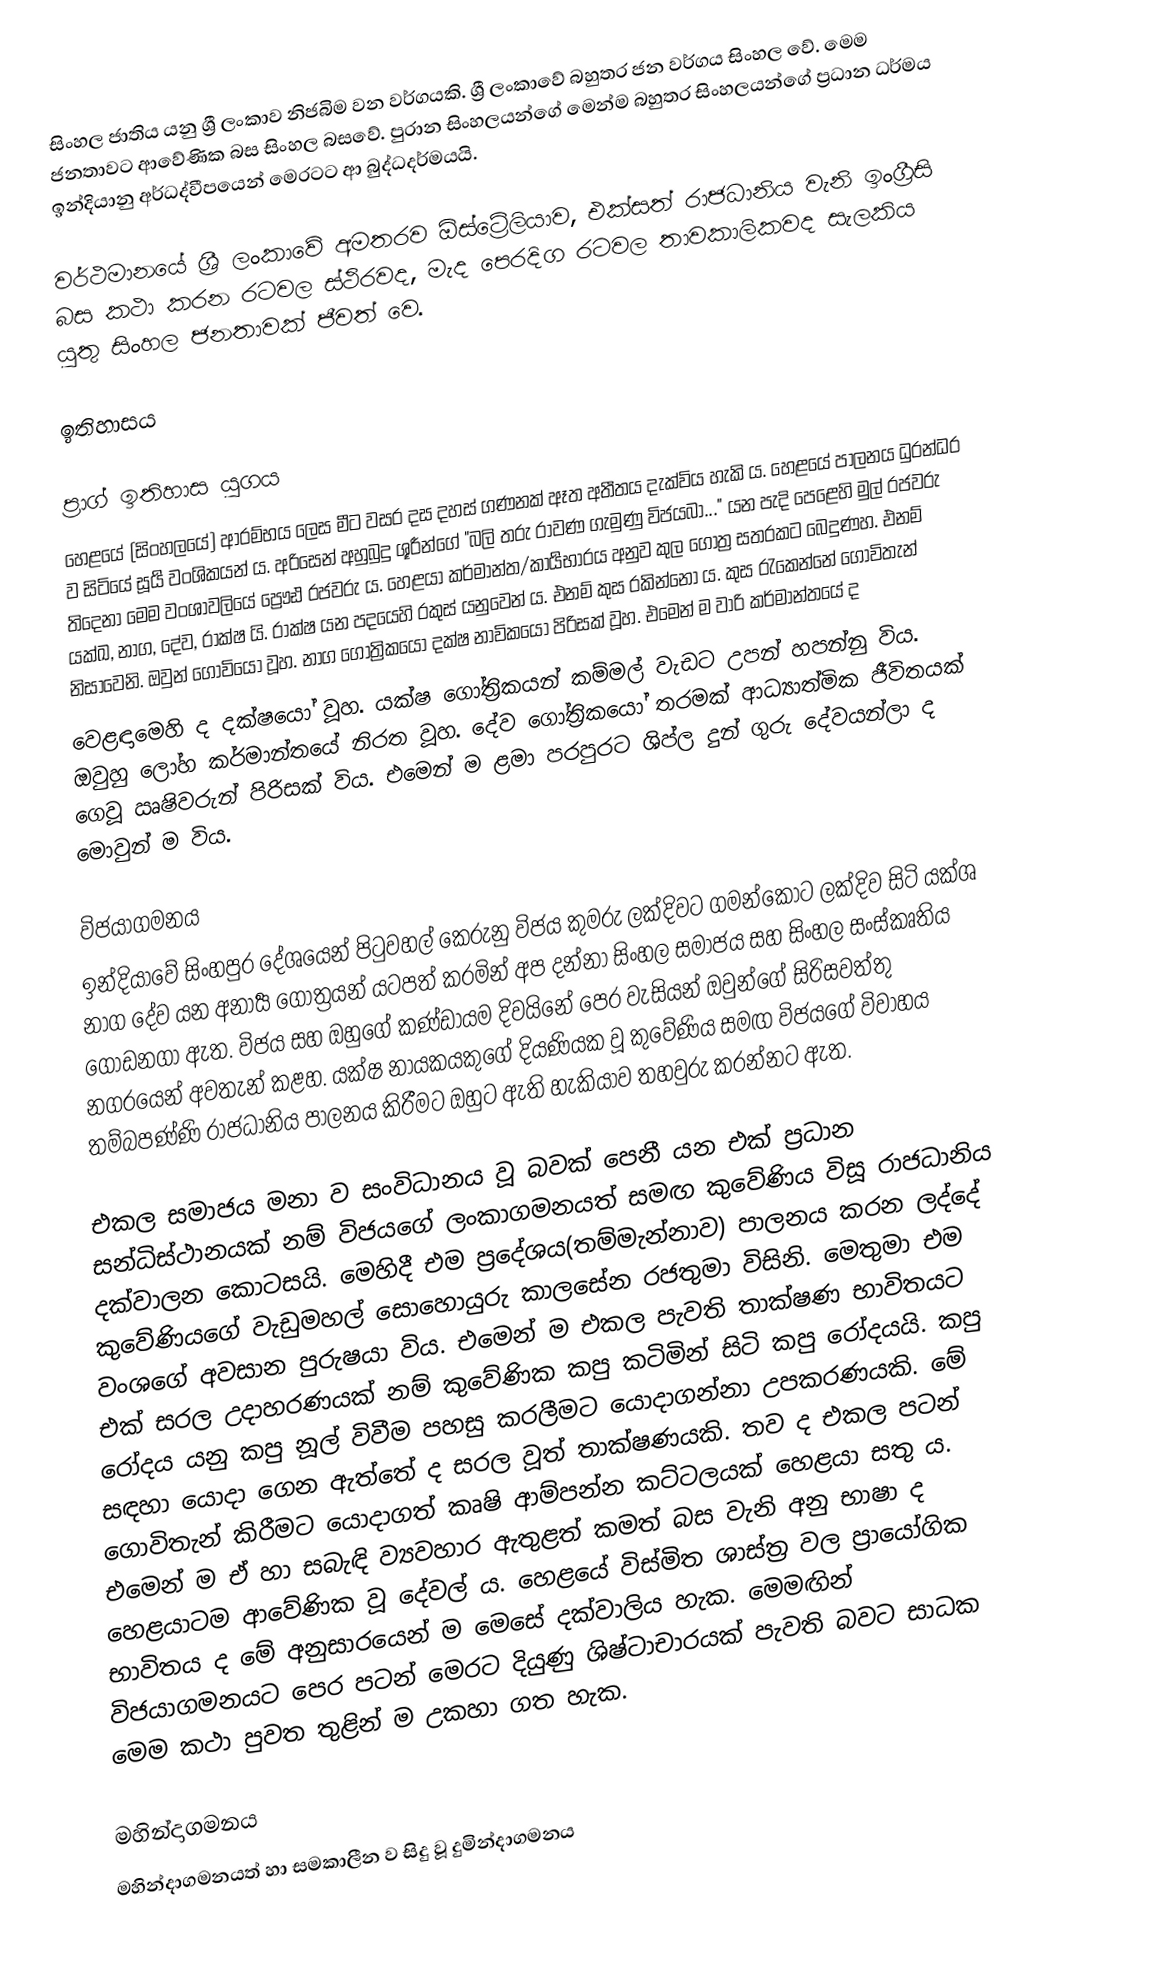
සිංහල ජාතිය යනු ශ්‍රී ලංකාව නිජබිම වන වර්ගයකි. ශ්‍රී ලංකාවේ බහුතර ජන වර්ගය සිංහල වේ. මෙම ජනතාවට ආවේණික බස සිංහල බසවේ. පුරාන සිංහලයන්ගේ මෙන්ම බහුතර සිංහලයන්ගේ ප්‍රධාන ධර්මය ඉන්දියානු අර්ධද්වීපයෙන් මෙරටට ආ බුද්ධදර්මයයි.

වර්ථමානයේ ශ්‍රී ලංකාවේ අමතරව ඕස්ට්‍රේලියාව, එක්සත් රාජධානිය වැනි ඉංග්‍රීසි බස කථා කරන රටවල ස්ථිරවද, මැද පෙරදිග රටවල තාවකාලිකවද සැලකිය යුතු සිංහල ජනතාවක් ජීවත් වෙ.

ඉතිහාසය

ප්‍රාග් ඉතිහාස යුගය
හෙළයේ (සිංහලයේ) ආරම්භය ලෙස මීට වසර දස දහස් ගණනක් ඈත අතීතය දැක්විය හැකි ය. හෙළයේ පාලනය ධුරන්ධර ව සිටියේ සූර්‍ය වංශිකයන් ය. අරිසෙන් අහුබුදු ශූරීන්ගේ "බලි තරු රාවණ ගැමුණු විජයබා..." යන පැදි පෙළෙහි මුල් රජවරු තිදෙනා මෙම වංශාවලියේ ප්‍රෞඪ රජවරු ය. හෙළයා කර්මාන්ත/කාර්‍යභාරය අනුව කුල ගෝත්‍ර සතරකට බෙදුණහ. එනම් යක්ඛ, නාග, දේව, රාක්ෂ යි. රාක්ෂ යන පදයෙහි රකුස් යනුවෙන් ය. එනම් කුස රකින්නෝ ය. කුස රැකෙන්නේ ගොවිතැන් නිසාවෙනි. ඔවුන් ගොවියෝ වූහ. නාග ගෝත්‍රිකයෝ දක්ෂ නාවිකයෝ පිරිසක් වූහ. එමෙන් ම වාරි කර්මාන්තයේ ද
වෙළඳාමෙහි ද දක්ෂයෝ වූහ. යක්ෂ ගෝත්‍රිකයන් කම්මල් වැඩට උපන් හපන්නු විය. ඔවුහු ලෝහ කර්මාන්තයේ නිරත වූහ. දේව ගෝත්‍රිකයෝ තරමක් ආධ්‍යාත්මික ජීවිතයක් ගෙවූ ඍෂිවරුන් පිරිසක් විය. එමෙන් ම ළමා පරපුරට ශිප්ල දුන් ගුරු දේවයන්ලා ද මොවුන් ම විය.

විජයාගමනය
ඉන්දියාවේ සිංහපුර දේශයෙන් පිටුවහල් කෙරුනු විජය කුමරු ලක්දිවට ගමන්කොට  ලක්දිව සිටි යක්ශ නාග දේව යන අනාර්‍ය ගෝත්‍රයන් යටපත් කරමින් අප දන්නා සිංහල සමාජය සහ සිංහල සංස්කෘතිය ගොඩනගා ඇත. විජය සහ ඔහුගේ කණ්ඩායම දිවයිනේ පෙර වැසියන් ඔවුන්ගේ සිරිසවත්තු නගරයෙන් අවතැන් කළහ. යක්ෂ නායකයකුගේ දියණියක වූ කුවේණිය සමඟ විජයගේ විවාහය තම්බපණ්ණි රාජධානිය පාලනය කිරීමට ඔහුට ඇති හැකියාව තහවුරු කරන්නට ඇත.

එකල සමාජය මනා ව සංවිධානය වූ බවක් පෙනී යන එක් ප්‍රධාන සන්ධිස්ථානයක් නම් විජයගේ ලංකාගමනයත් සමඟ කුවේණිය විසූ රාජධානිය දක්වාලන කොටසයි. මෙහිදී එම ප්‍රදේශය(තම්මැන්නාව) පාලනය කරන ලද්දේ කුවේණියගේ වැඩුමහල් සොහොයුරු කාලසේන රජතුමා විසිනි. මෙතුමා එම වංශගේ අවසාන පුරුෂයා විය. එමෙන් ම එකල පැවති තාක්ෂණ භාවිතයට එක් සරල උදාහරණයක් නම් කුවේණික කපු කටිමින් සිටි කපු රෝදයයි. කපු රෝදය යනු කපු නූල් විවීම පහසු කරලීමට යොදාගන්නා උපකරණයකි. මේ සඳහා යොදා ගෙන ඇත්තේ ද සරල වූත් තාක්ෂණයකි. තව ද එකල පටන් ගොවිතැන් කිරීමට යොදාගත් කෘෂි ආම්පන්න කට්ටලයක් හෙළයා සතු ය. එමෙන් ම ඒ හා සබැඳි ව්‍යවහාර ඇතුළත් කමත් බස වැනි අනු භාෂා ද හෙළයාටම ආවේණික වූ දේවල් ය. හෙළයේ විස්මිත ශාස්ත්‍ර වල ප්‍රායෝගික භාවිතය ද මේ අනුසාරයෙන් ම මෙසේ දක්වාලිය හැක. මෙමඟින් විජයාගමනයට පෙර පටන් මෙරට දියුණු ශිෂ්ටාචාරයක් පැවති බවට සාධක මෙම කථා පුවත තුළින් ම උකහා ගත හැක.

මහින්දාගමනය
මහින්දාගමනයත් හා සමකාලීන ව සිදු වූ  දුමින්දාගමනය